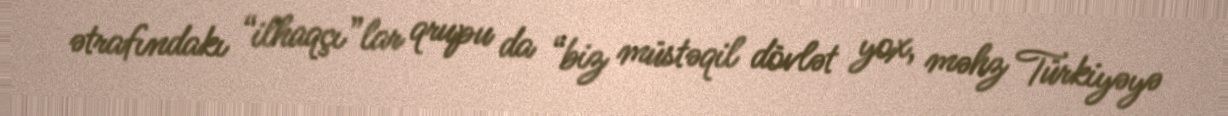
ətrafındakı “ilhaqçı”lar qrupu da “biz müstəqil dövlət yox, məhz Türkiyəyə